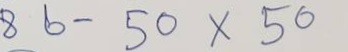
86 - 50 x 50